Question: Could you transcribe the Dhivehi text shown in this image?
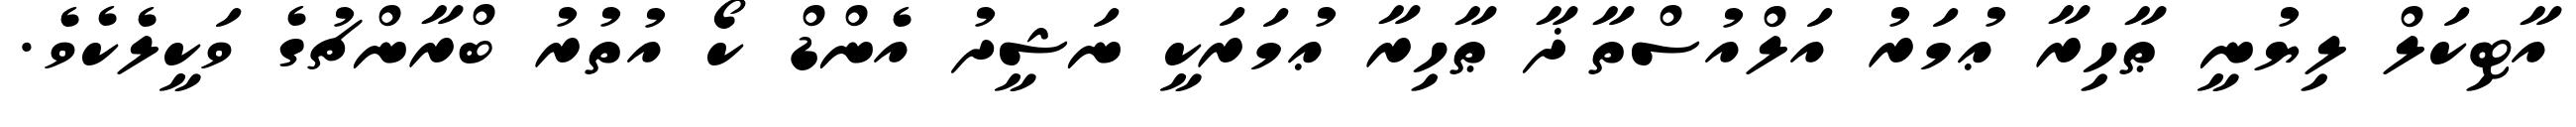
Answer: އާޓިކަލް ލިޔުނީ ޠާހިރާ ޢުމަރު އަލްއުސްތާޛާ ޠާހިރާ ޢުމަރަކީ ނަޝީދު އެންޑް ކޯ އުތުރު ބްރާންޗުގެ ވަކީލެކެވެ.